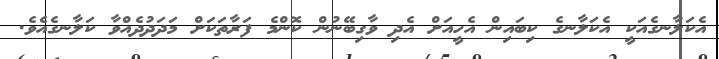
އެކަލާނގެއަކީ އެކަލާނގެ ކިބައިން އެހީއަށް އެދި ވާގިބޭނުން ކޮންމެ ފަރާތަކަށް މަދަދުދެއްވާ ކަލާނގެއެވެ.